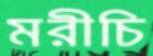
মরীচি